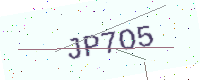
Text: JP7O5